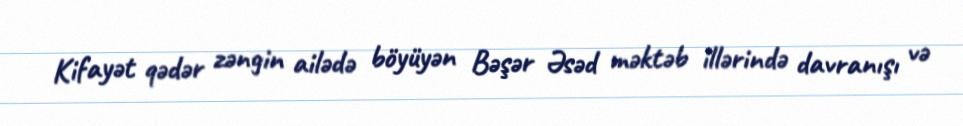
Kifayət qədər zəngin ailədə böyüyən Bəşər Əsəd məktəb illərində davranışı və